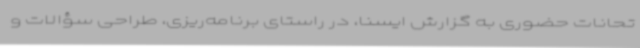
تحانات حضوری به گزارش ایسنا، در راستای برنامه‌ریزی، طراحی سؤالات و